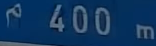
400m